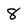
Character: 8